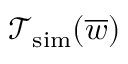
\mathcal { T } _ { \mathrm { s i m } } ( \overline { { w } } )